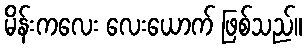
မိန်းကလေး လေးယောက် ဖြစ်သည်။